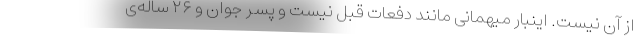
از آن نیست. اینبار میهمانی مانند دفعات قبل نیست و پسر جوان و ۲۶ ساله‌ی